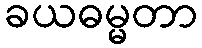
ခယဓမ္မတာ